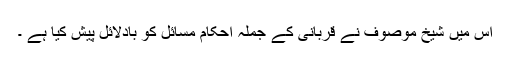
اس میں شیخ موصوف نے قربانی کے جملہ احکام مسائل کو بادلائل پیش کیا ہے ۔